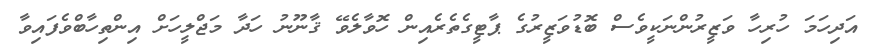
އަދިހަމަ ހުރިހާ ވަޒީރުންނަކީވެސް ބޮޑުވަޒީރުގެ ޕާޓީގެތެރެއިން ހޮވާލެވޭ ޤާނޫނު ހަދާ މަޖްލީހަށް އިންތިހާބްވެފައިވާ